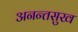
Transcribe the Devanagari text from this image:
अनन्तसुख